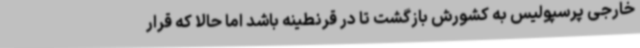
خارجی پرسپولیس به کشورش بازگشت تا در قرنطینه باشد اما حالا که قرار